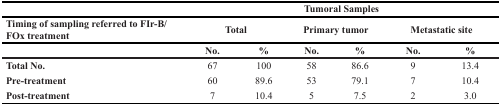
<table><thead><tr><td></td><td colspan="6"><b>Tumoral Samples</b></td></tr><tr><td><b>Timing of sampling referred to FIr-B/FOx treatment</b></td><td colspan="2"><b>Total</b></td><td colspan="2"><b>Primary tumor</b></td><td colspan="2"><b>Metastatic site</b></td></tr><tr><td></td><td><b>No.</b></td><td><b>%</b></td><td><b>No.</b></td><td><b>%</b></td><td><b>No.</b></td><td><b>%</b></td></tr></thead><tbody><tr><td><b>Total No.</b></td><td>67</td><td>100</td><td>58</td><td>86.6</td><td>9</td><td>13.4</td></tr><tr><td><b>Pre-treatment</b></td><td>60</td><td>89.6</td><td>53</td><td>79.1</td><td>7</td><td>10.4</td></tr><tr><td><b>Post-treatment</b></td><td>7</td><td>10.4</td><td>5</td><td>7.5</td><td>2</td><td>3.0</td></tr></tbody></table>